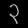
Digit: ၃